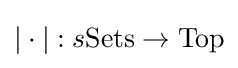
|\cdot |:s{\text{Sets}}\to {\text{Top}}